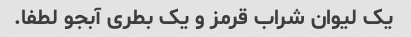
یک لیوان شراب قرمز و یک بطری آبجو لطفا.